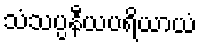
သံသပ္ပနီယပရိယာယံ